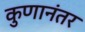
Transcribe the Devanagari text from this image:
कुणानंतर